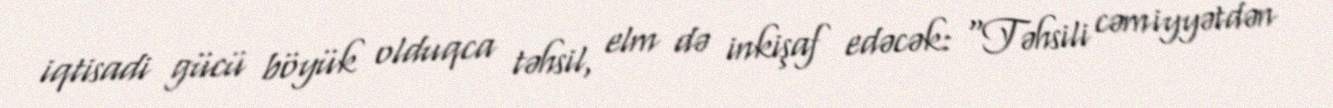
iqtisadi gücü böyük olduqca təhsil, elm də inkişaf edəcək: “Təhsili cəmiyyətdən